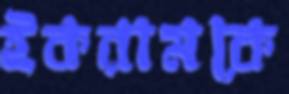
ইকরামকে